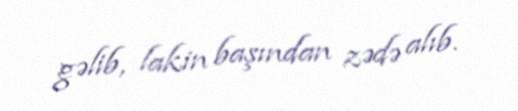
gəlib, lakin başından zədə alıb.